38_143685_box_Incident_Summaries_173-233
Agency: Department of War
Page 116
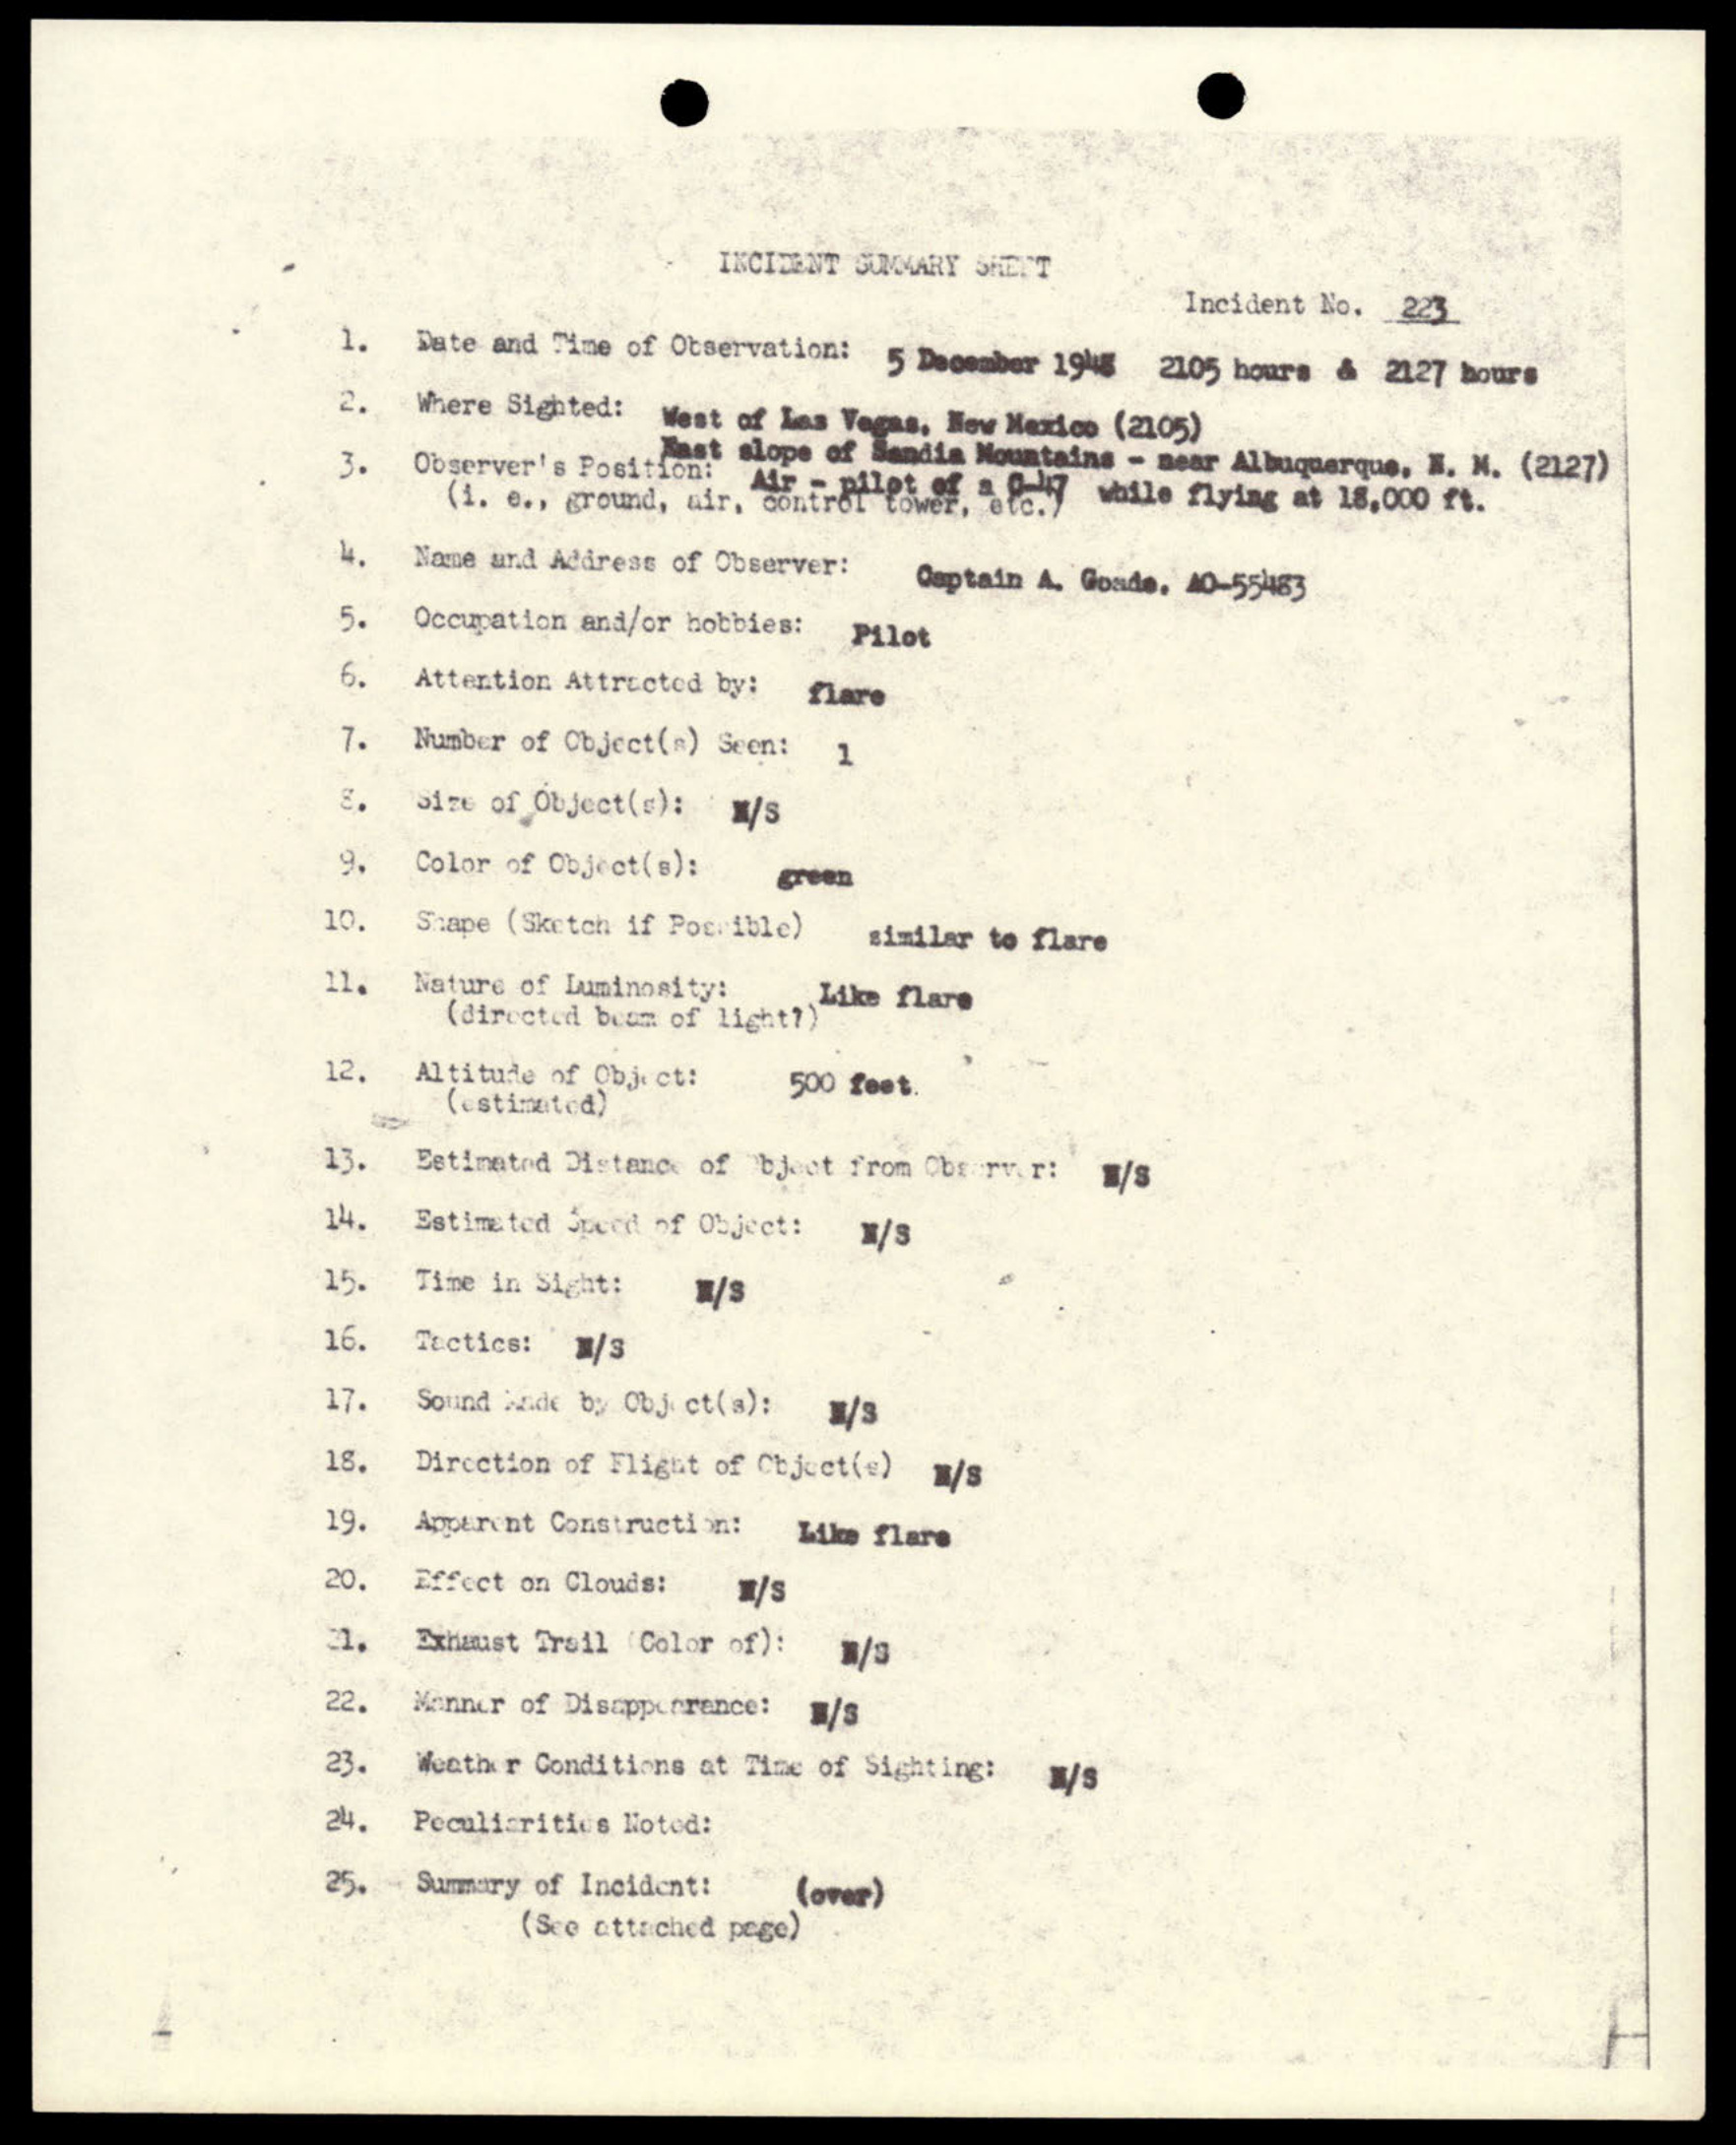